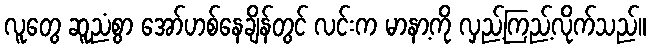
လူတွေ ဆူညံစွာ အော်ဟစ်နေချိန်တွင် လင်းက မာနာ့ကို လှည့်ကြည့်လိုက်သည်။